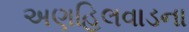
અણહિલવાડના